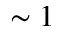
\sim 1